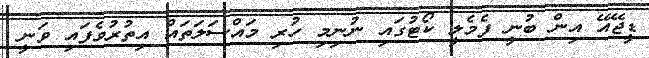
ޑީޖޭއޭ އިން ބުނީ ފެމެލީ ކޯޓުގައި ނުނިމި ހުރި މައްސަލަތައް އިތުރުވެފައި ވަނީ